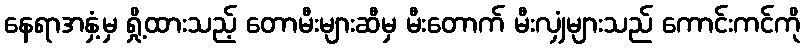
နေရာအနှံ့မှ ရှို့ထားသည့် တောမီးများဆီမှ မီးတောက် မီးလျှံများသည် ကောင်းကင်ကို